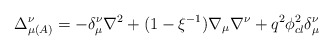
\begin{align*}\Delta _{\mu \left( A\right) }^{\nu }=-\delta _{\mu }^{\nu }\nabla^{2}+(1-\xi ^{-1})\nabla _{\mu }\nabla ^{\nu }+q^{2}\phi _{cl}^{2}\delta_{\mu }^{\nu }\end{align*}